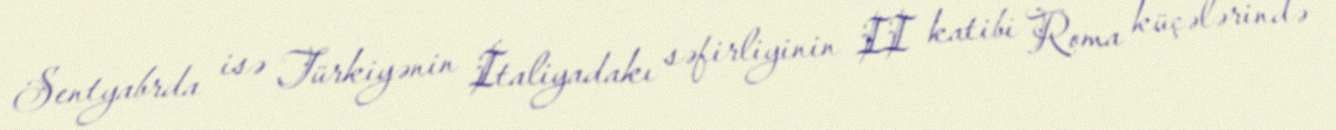
Sentyabrda isə Türkiyənin İtaliyadakı səfirliyinin II katibi Roma küçələrində